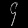
Digit: ၄